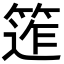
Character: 𥯧